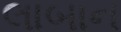
લાબાન